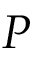
P